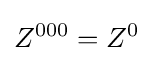
Z^{000}=Z^{0}